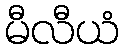
မီလီယံ